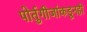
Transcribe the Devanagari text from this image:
पोर्तुगीजांकडूनही